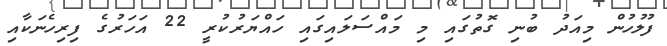
ފުލުހުން މިއަދު ބުނި ގޮތުގައި މި މައްސަލައިގައި ހައްޔަރުކުރީ 22 އަހަރުގެ ފިރިހެނަކާއި